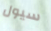
سيول